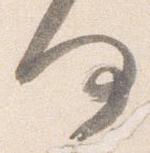
何